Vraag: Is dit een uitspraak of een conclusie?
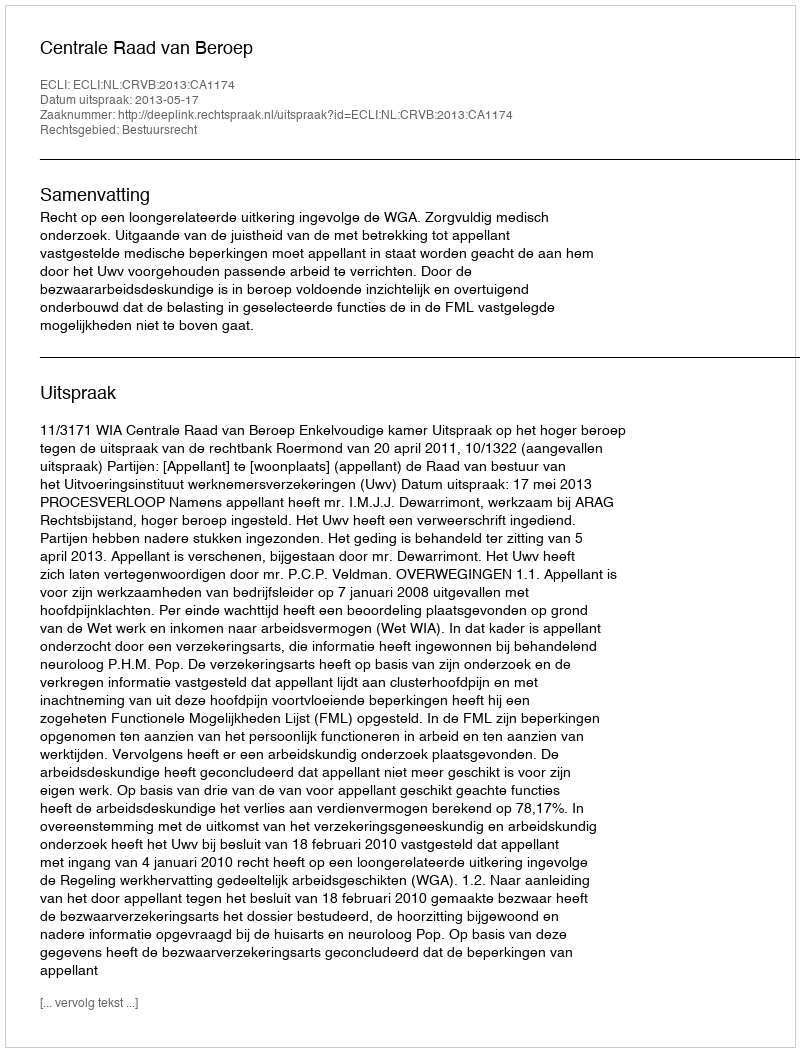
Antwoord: Uitspraak